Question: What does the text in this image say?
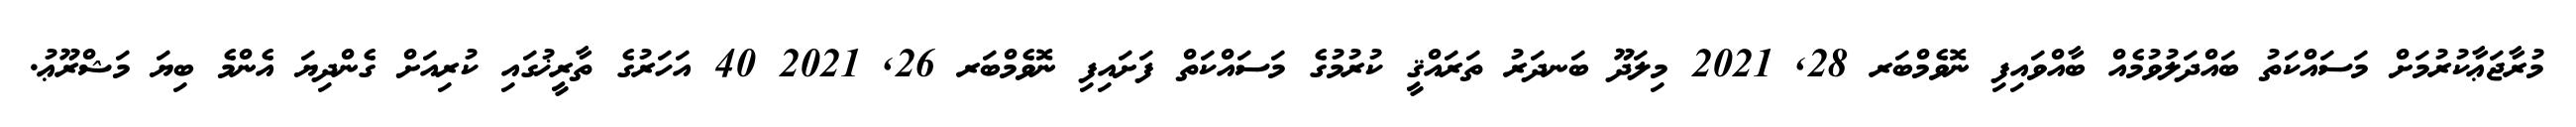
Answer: މުރާޖަޢާކުރުމަށް މަސައްކަތު ބައްދަލުވުމެއް ބާއްވައިފި ނޮވެމްބަރ 28, 2021 މިލަދޫ ބަނދަރު ތަރައްޤީ ކުރުމުގެ މަސައްކަތް ފަށައިފި ނޮވެމްބަރ 26, 2021 40 އަހަރުގެ ތާރީޚުގައި ކުރިއަށް ގެންދިޔަ އެންމެ ބިޔަ މަޝްރޫޢު.